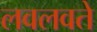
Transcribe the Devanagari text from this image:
लवलवते